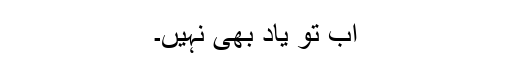
اب تو یاد بھی نہیں۔